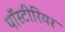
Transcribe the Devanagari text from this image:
पॉस्टीरियर